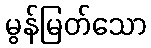
မွန်မြတ်သော